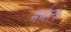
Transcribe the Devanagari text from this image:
मर्मत्वं